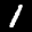
Label: 1